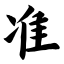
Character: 准